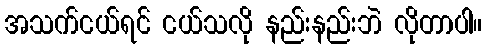
အသက်ငယ်ရင် ငယ်သလို နည်းနည်းဘဲ လိုတာပါ။